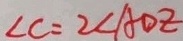
\angle C = 2 \angle A D E